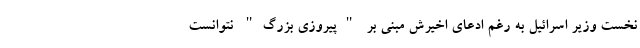
نخست وزیر اسرائیل به رغم ادعای اخیرش مبنی بر "پیروزی بزرگ" نتوانست